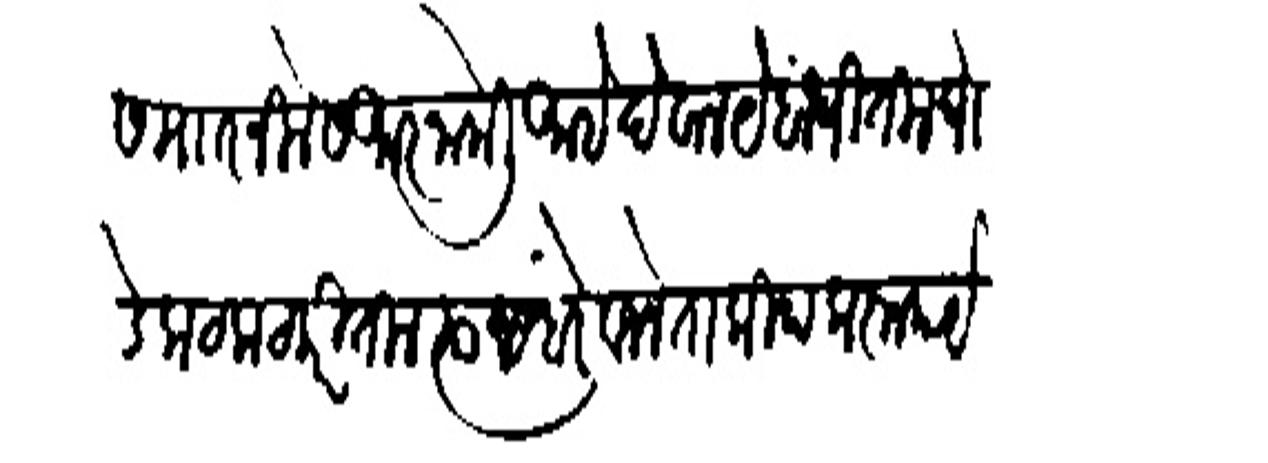
Transliteration (Devanagari): स माारनिलेस आजा केली आहे देवालये बांधितील घोडे कटकट करितील त्यास वरे वजने ताकीद करून कार्य